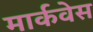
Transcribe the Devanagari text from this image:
मार्कवेस